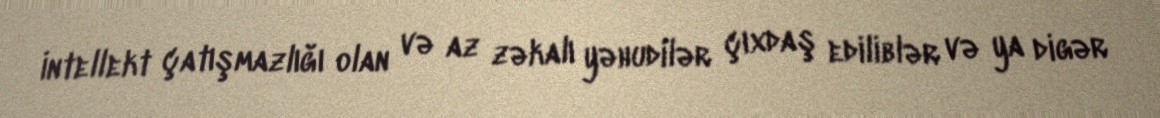
İntellekt çatışmazlığı olan və az zəkalı yəhudilər çıxdaş ediliblər və ya digər